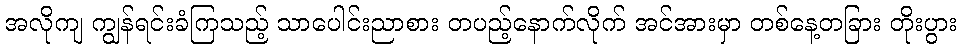
အလိုကျ ကျွန်ရင်းခံကြသည့် သာပေါင်းညာစား တပည့်နောက်လိုက် အင်အားမှာ တစ်နေ့တခြား တိုးပွား